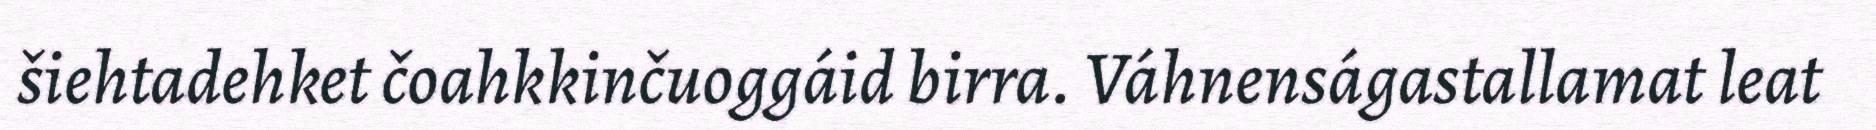
šiehtadehket čoahkkinčuoggáid birra. Váhnenságastallamat leat